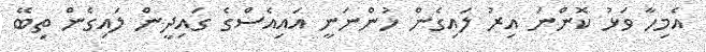
އެމިހާ ވަޅު ކޮންނަ އިރު ލައިގެން ހުންނަނީ އައިއެސްގެ ގައިދީން ލައިގެން ތިބޭ